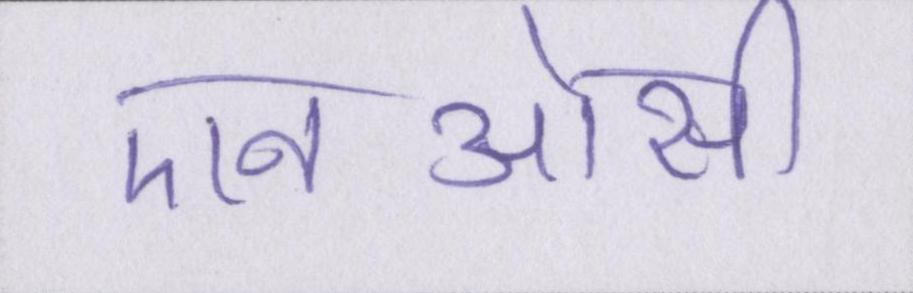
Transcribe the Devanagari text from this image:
एनओसी